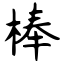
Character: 棒